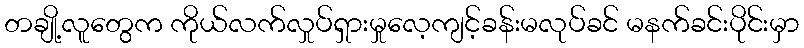
တချို့လူတွေက ကိုယ်လက်လှုပ်ရှားမှုလေ့ကျင့်ခန်းမလုပ်ခင် မနက်ခင်းပိုင်းမှာ